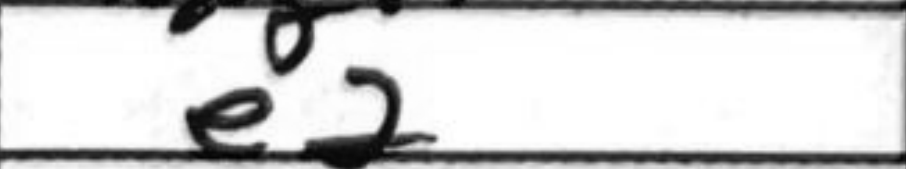
Transcription: e2